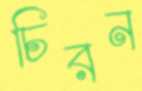
চিরন